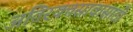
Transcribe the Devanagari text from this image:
अतिरक्तस्रावासाठी